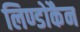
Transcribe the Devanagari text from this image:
लिण्डोकैन